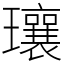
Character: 瓖